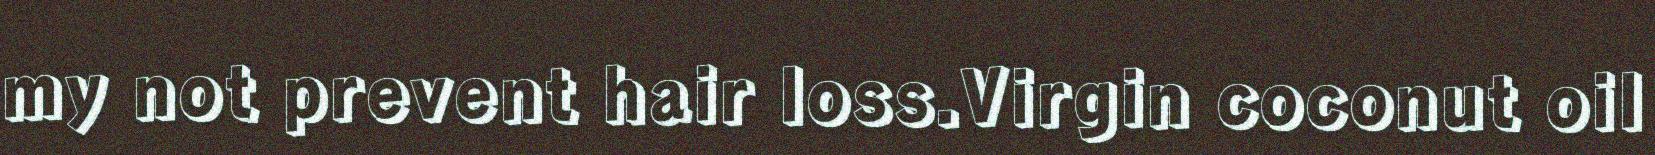
my not prevent hair loss.Virgin coconut oil